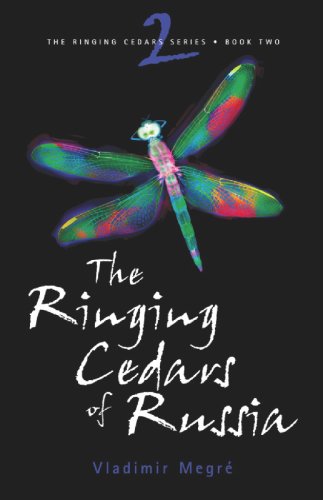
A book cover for The Ringing Cedars of Russia (The Ringing Cedars, Book 2); Vladimir Megre; Science & Math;